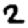
Digit: 2